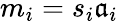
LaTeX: m_{i}=s_{i}\mathfrak{a}_{i}